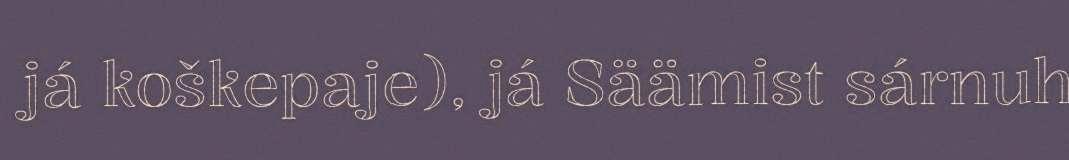
já koškepaje), já Säämist sárnuh